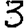
Digit: 3